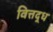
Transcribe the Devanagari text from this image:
वित्तद्ध